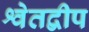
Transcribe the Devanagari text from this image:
श्वेतद्वीप